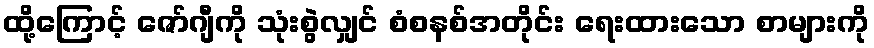
ထို့ကြောင့် ဇော်ဂျီကို သုံးစွဲလျှင် စံစနစ်အတိုင်း ရေးထားသော စာများကို